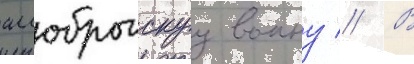
аллоброгскуу воину // В